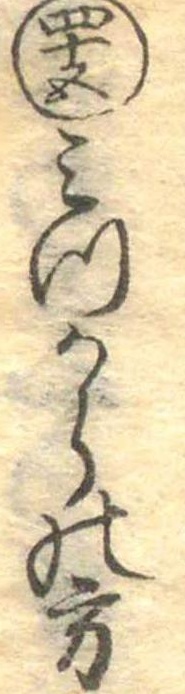
四十五みつからの方